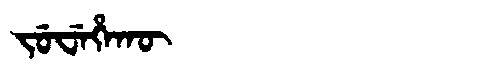
Manchu: ᠵᡠᠸᡝᡥᠠᡴᡡ
Romanization: JUWEHAKŪ